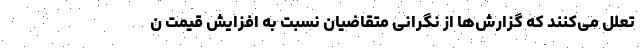
تعلل می‌کنند که گزارش‌ها از نگرانی متقاضیان نسبت به افزایش قیمت ن